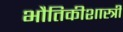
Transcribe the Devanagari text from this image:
भौतिकीशास्त्री